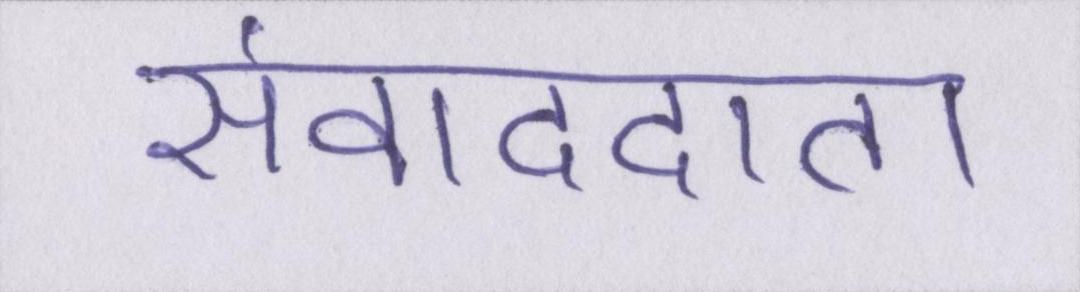
संवाददाता